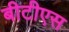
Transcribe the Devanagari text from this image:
बीटीएस